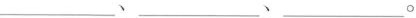
___、___、___。